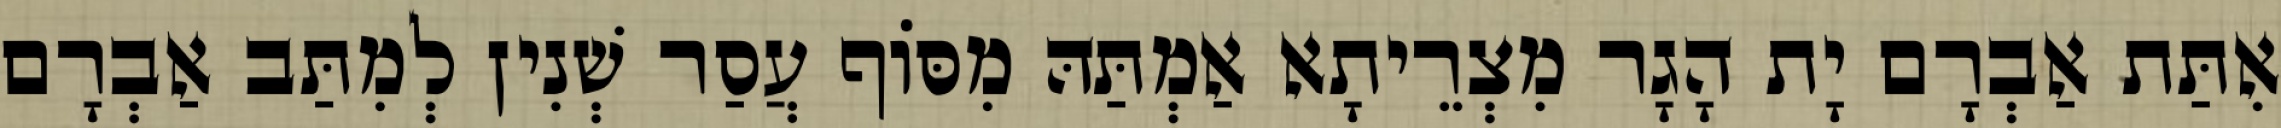
אִתַּת אַבְרָם יָת הָגָר מִצְרֵיתָא אַמְתַּהּ מִסּוֹף עֲסַר שְׁנִין לְמִתַּב אַבְרָם